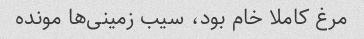
مرغ کاملا خام بود، سیب زمینی‌ها مونده